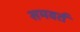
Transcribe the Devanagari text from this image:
समवर्त